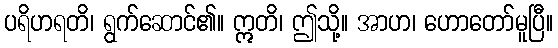
ပရိဟရတိ၊ ရွက်ဆောင်၏။ ဣတိ၊ ဤသို့။ အာဟ၊ ဟောတော်မူပြီ။